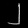
Digit: ၂